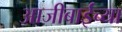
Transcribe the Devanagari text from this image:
आजीबाईंच्या